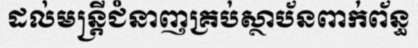
ដល់មន្ត្រីជំនាញគ្រប់ស្ថាប័នពាក់ព័ន្ធ